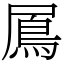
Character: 䲩